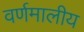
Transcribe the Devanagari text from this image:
वर्णमालीय